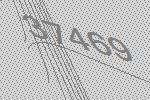
37469